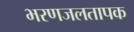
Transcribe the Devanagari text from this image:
भरणजलतापक